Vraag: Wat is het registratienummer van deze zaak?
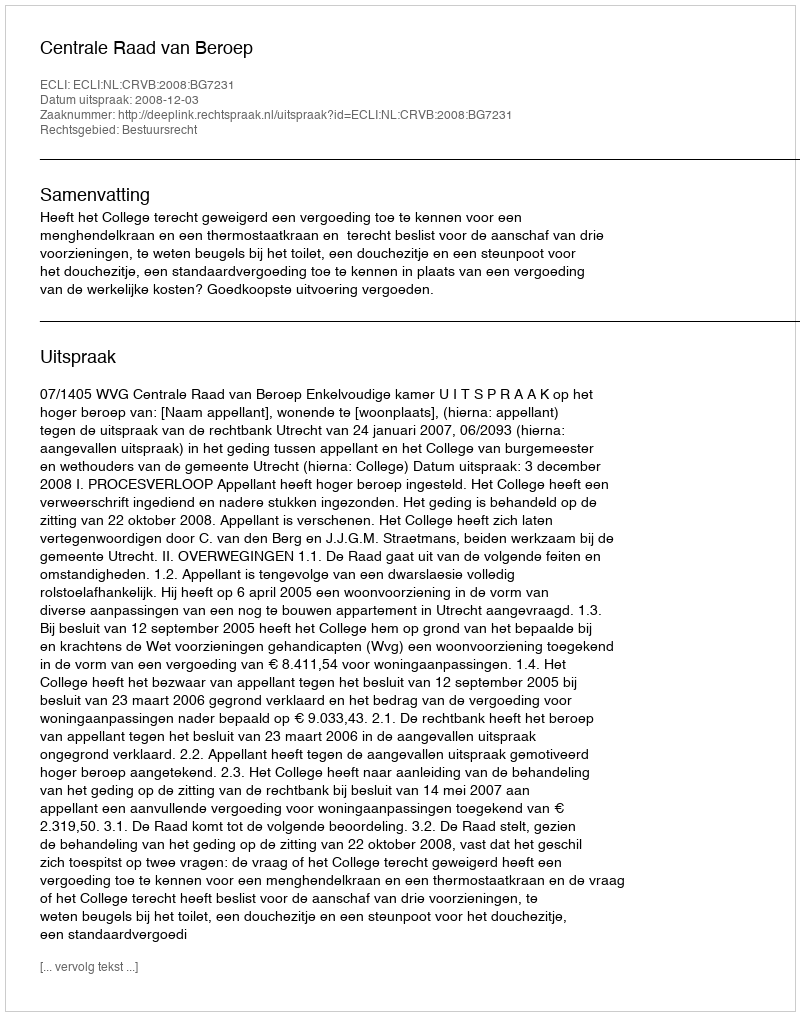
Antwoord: http://deeplink.rechtspraak.nl/uitspraak?id=ECLI:NL:CRVB:2008:BG7231